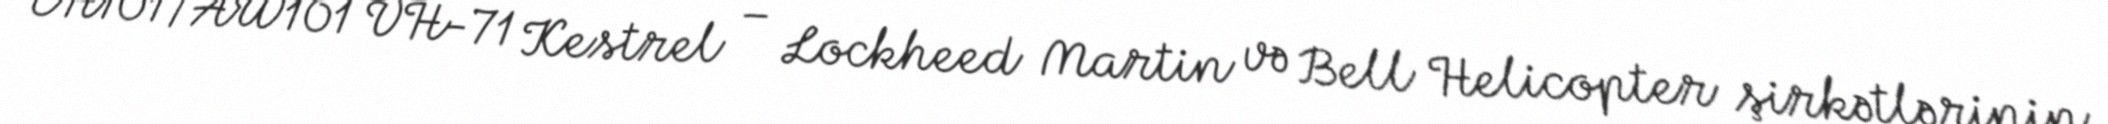
EH101/AW101 VH-71 Kestrel – Lockheed Martin və Bell Helicopter şirkətlərinin